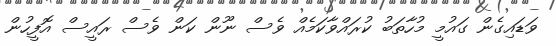
ވަޑައިގެން ގައުމީ މުހާތަބު ކުރައްވާކަމެއް ވެސް ނޫން ކަން ވެސް ރައީސް އޮފީހުން